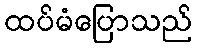
ထပ်မံပြောသည်